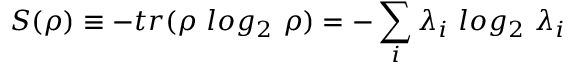
S ( \rho ) \equiv - t r ( \rho \ l o g _ { 2 } \ \rho ) = - \sum _ { i } \lambda _ { i } \ l o g _ { 2 } \ \lambda _ { i }